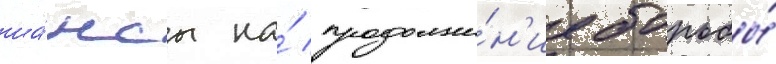
ша́нсы на́ продолже́н'ие борьбы́